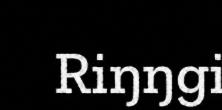
Riŋŋgi